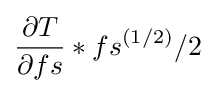
{\frac {\partial T}{\partial fs}}*fs^{(1/2)}/2